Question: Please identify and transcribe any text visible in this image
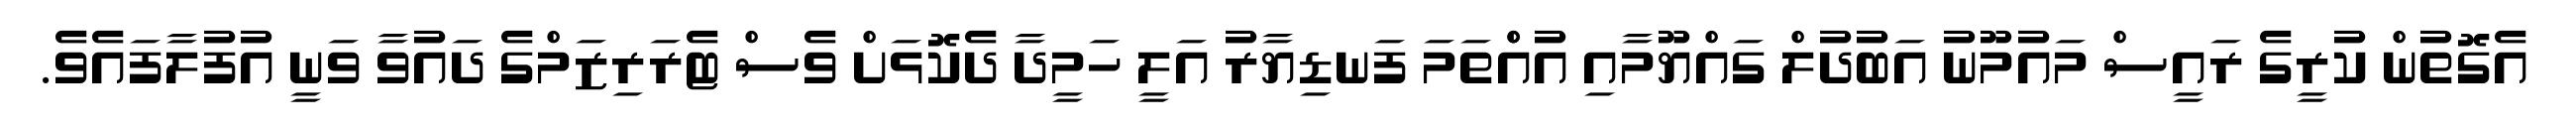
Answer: އެގޮތުން ކުރީގެ ރައީސް މައުމޫނު އަބުދުލް ގައްޔޫމާއި އުއްްތަމަ ފަނޑިޔާރު އަލީ ހަމީދާ ދެކޮޅަށް ވެސް ޓެރަރިޒަމްގެ ދައުވާ ވަނީ އުފުލާފައެވެ.